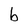
Character: b